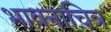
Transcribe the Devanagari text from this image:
भावनाचित्र